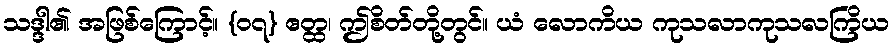
သဒ္ဒါ၏ အဖြစ်ကြောင့်။ {၀၇} ဧတ္ထ၊ ဤစိတ်တို့တွင်။ ယံ လောကိယ ကုသလာကုသလကြိယ